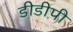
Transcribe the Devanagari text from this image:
डीडीपी